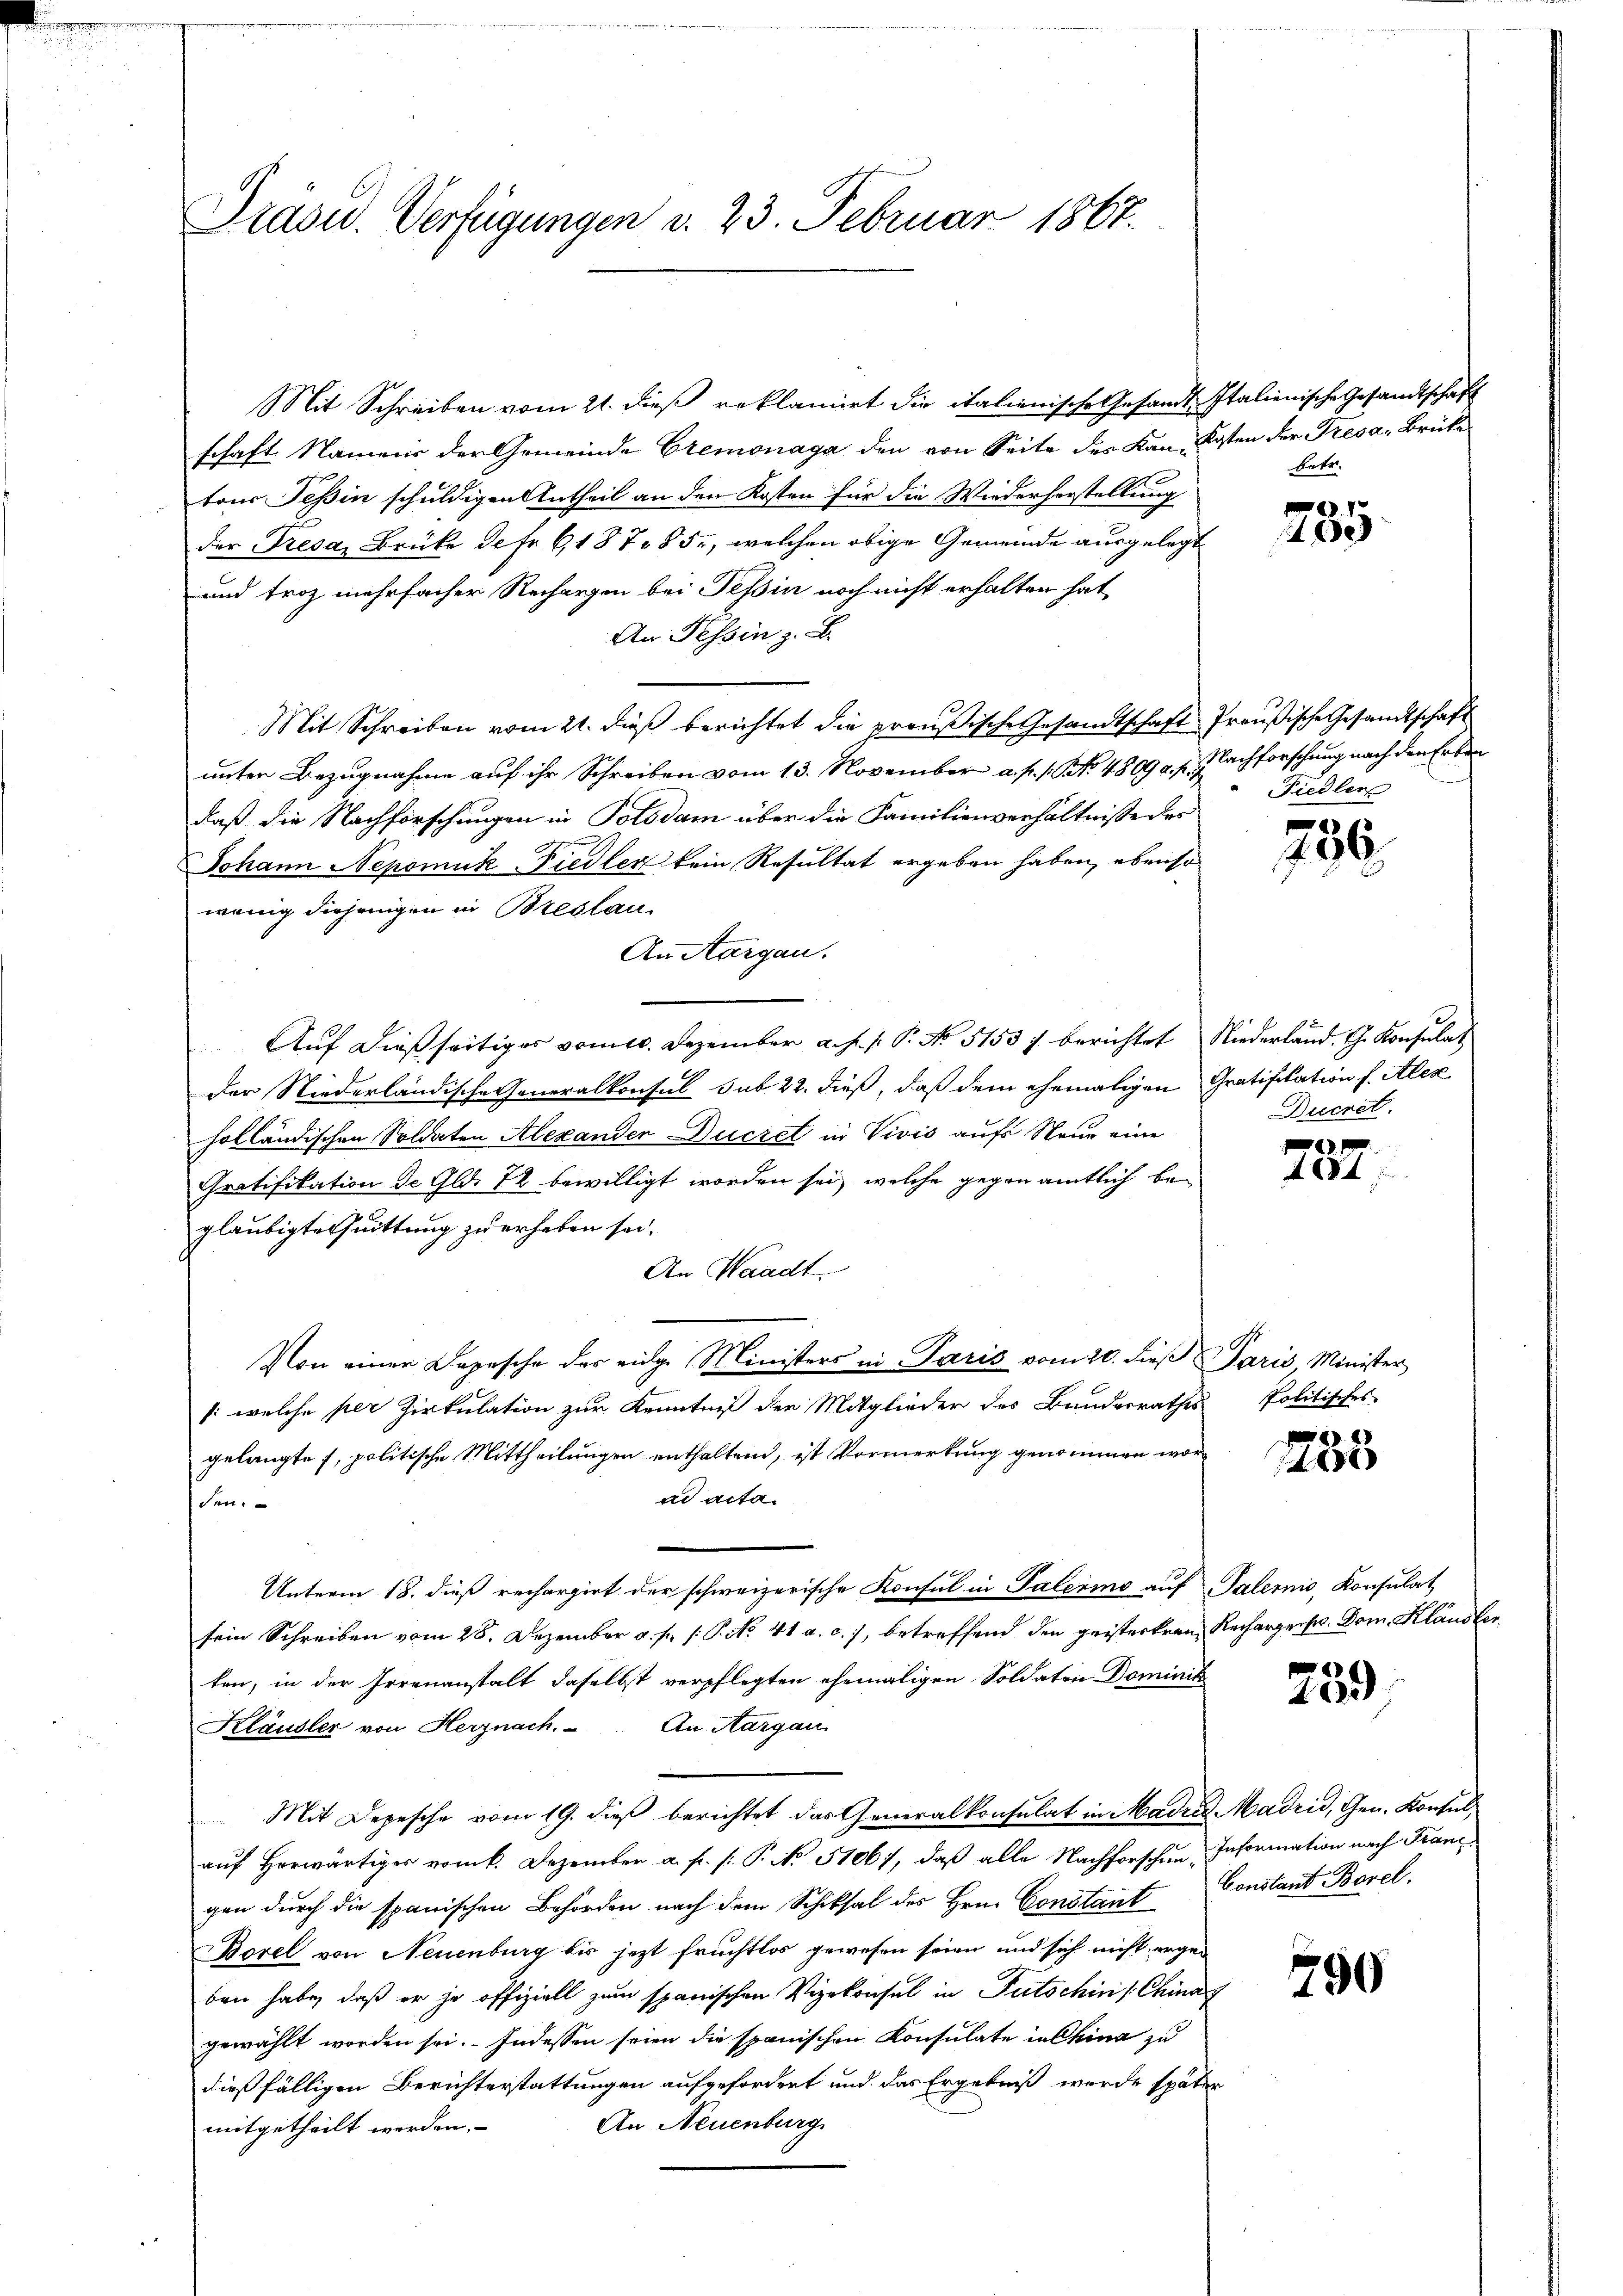
Präsid.. Verfügungen d. 23. Februar 1867.

Mit Schreiben vom 21. dieß reklamirt die italienische Gesandt Italienische Gesandtschaft
schaft Namens der Gemeinde Cremonaga den von Seite des Kan-Kosten der Tresa, Brüke
tons Teßin schuldigen Antheil an den Kosten für die Wiederherstellung
der Tresa, Brüke defr 6187 § 5, welchen obige Gemeinde ausgelegt
und troz mehrfacher Rechargen bei Tessin noch nicht erhalten hat,
An Tessin z. B.
Mit Schreiben vom 21. dieß berichtet die preußische Gesandtschaft Preußische Gesandtschaft
unter Bezugnahme auf ihr Schreiben vom 13. November a. p. 1. No. 4809 a. p. Nachforschung nach den Erben
daß die Nachforschungen in Potsdam über die Familienverhältnisse des
c
Johann Nepomuk Fiedler kein Resultat ergeben haben, ebenso
wenig diejenigen in Breslau
An Aargau.
Auf dießseitiges vom 10. Dezember a. s. f. P. No 5153 f. berichtet Niederland. G. Konsulat
Der Niederländische Generalkonsul sub 22. dieß, daß dem ehemaligen Gratifikation f. Alex
holländischen Soldaten Alexander Ducret in Vivis aufs Neue eine
Gratifikation de Gld. 72 bewilligt worden sei, welche gegen amtlich begläubigte Quittung zu erheben sei.
An Waadt.
Von einer Depesche der eige Ministers in Paris vom 20. dieß Paris Minister
/: welche per Zirkulation zur Kenntniß der Mitglieder des Bundesrathes
gelangte, politische Mittheilungen enthaltend, ist Vormerkung genommen worad acta.
den
Unterm 18. dieß rechargirt der schweizerische Konsul in Palermo auf Palernis, Konsulat
sein Schreiben vom 28. Dezember u. f. 1: P. No. 41 a. c. 7, betreffend den geisterren Rechargers. Dom. Kländler
ten, in der Irrenanstalt daselbst verpflegten ehemaligen Soldaten Dominik
Kläusler von Herznach. An Aargau
Mit Depesche vom 19. dieß berichtet das Generalkonsulat in Madre Madrid, Gen. Konsulaŭf herwärtiger vom 6. Dezember a. f. (: P. No 51067, daβ alle Nachforschen Information nach Franz
gen durch die spanischen Behörden nach dem Schiksal des Hrn. Constant Constant Borel,
Borel von Neuenburg bis jezt fruchtlos gewesen seien und sich nicht ergen
ben habe, daß er ja offiziell zum spanischen Vizekonsul in Putschini China
gewählt worden sei. Indessen seien die spanischen Konsulate in China zu
dießfälligen Berichterstattungen aufgefordert und das Ergebniß wurde später
An Neuenburg
mitgetheilt werden.

betre

.
0

Fiedler

796.

Ducret.

f
1084

Politisches

18
40

259

790